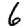
Digit: 6